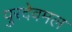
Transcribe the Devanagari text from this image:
पुरदेवमल